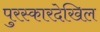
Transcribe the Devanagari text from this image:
पुरस्कारदेखिल